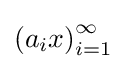
\left(a_{i}x\right)_{i=1}^{\infty }